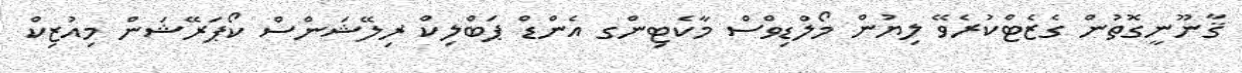
ޤާނޫނީގޮތުން ގެޒެޓްކުރެވޭ ލިޔުން މޯލްޑިވްސް މާކެޓިންގ އެންޑް ޕަބްލިކް ރިލޭޝަންސް ކޯޕަރޭޝަން މިއުޒިކް